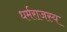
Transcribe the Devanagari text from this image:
धर्मराजस्य